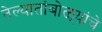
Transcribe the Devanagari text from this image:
तेल्यातांबोळ्यांचे